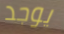
يوجد